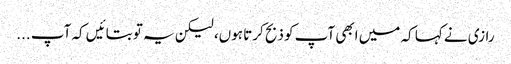
رازی نے کہا کہ میں ابھی آپ کو ذبح کرتا ہوں، لیکن یہ تو بتائیں کہ آپ ...